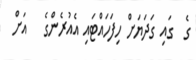
ގެ  ގައި ގަދަޔަށް ހިފަހައްޓައި އެއުރެންގެ   އަށް